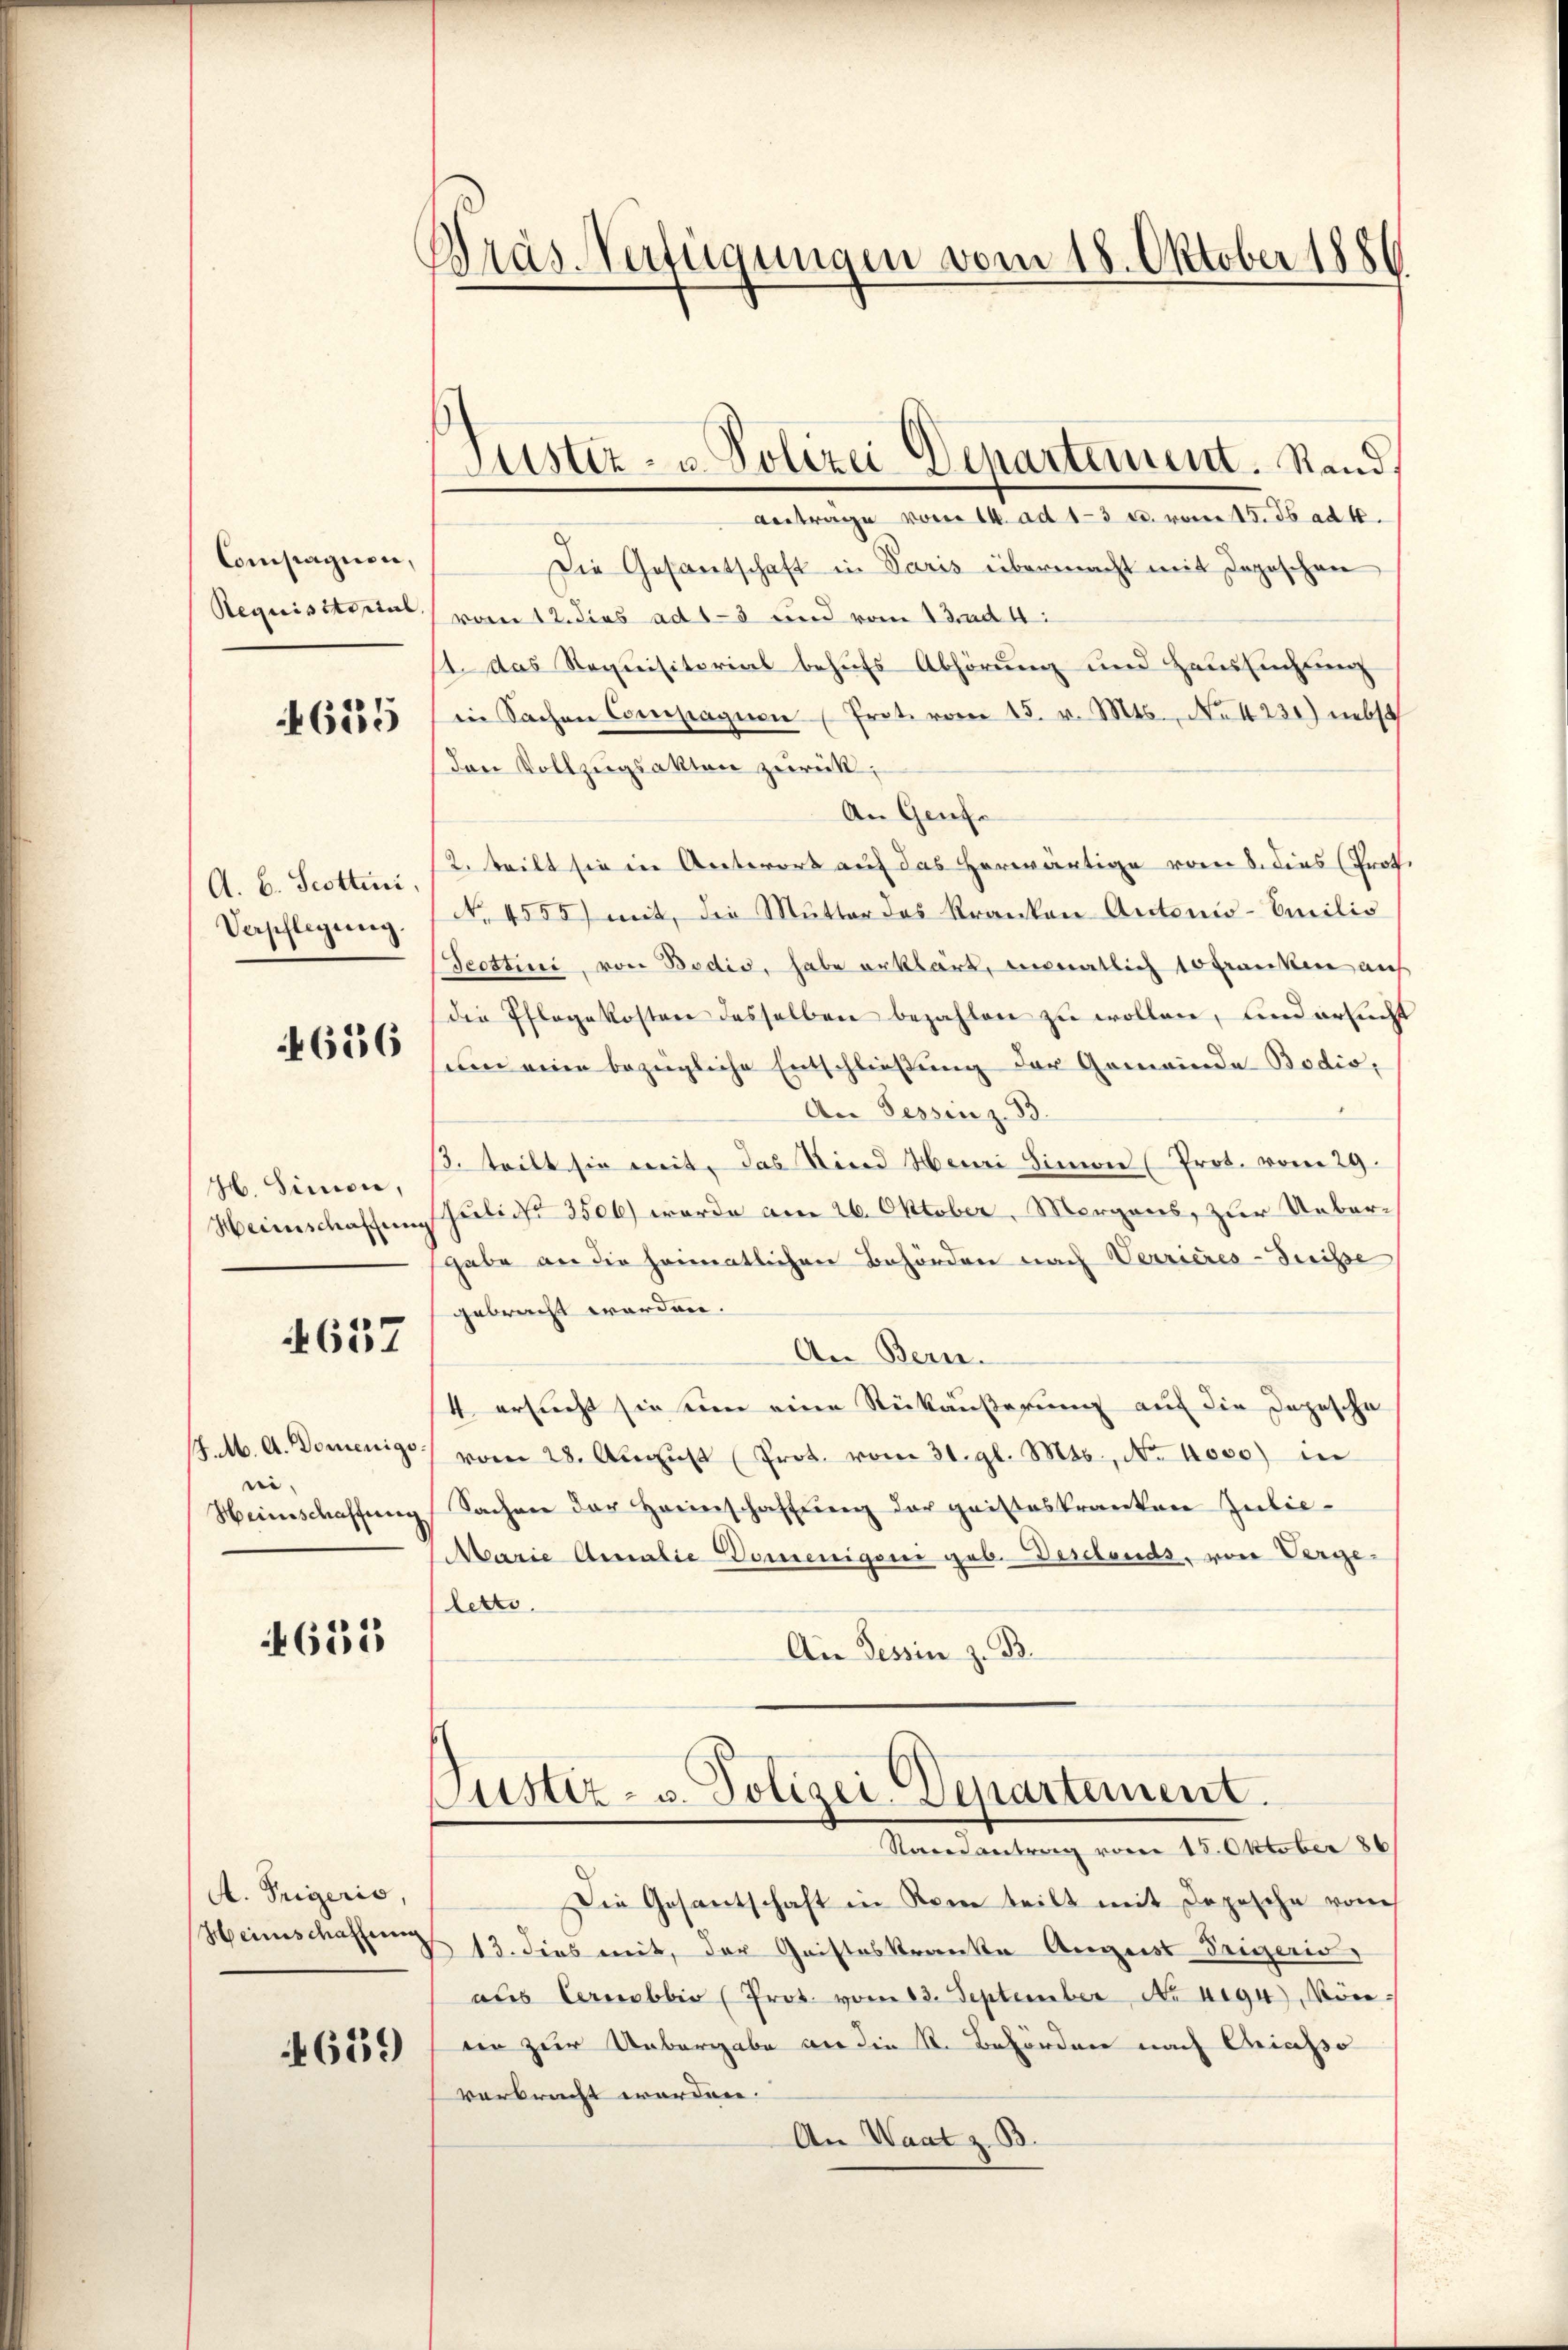
Compagnen,

655

4656

Jb. Simon,

657

/J.M. A. Domenigs
i

4655

A. Trigeris,
Heinschaffung

4639

Anträge vom 14. ad 13 u. vom 15. 36 ad 4.
Die Gesantschaft in Paris übermacht mit Depeschen
Requisitorial vom 12. dies ad 1-3 und vom 13. ad 4.
11. Das Requisitorial behufs Abhörung und Haussuchung
in Sachen Compagnen (Prot. vom 15. v. Mts., No 1231) nebst
Den Vollzugsakten zurück;
An Genfe
A. B. Scotten, (2. teilt sie in Antwort auf das herwärtige vom 8. dies (Prof.
Verpflegung. Nr. 4555) mit, die Mutter des Kranken Antonio-Emilio
eottini, von Bodis, habe erklärt, monatlich 10 Franken auf
die Pflegekosten desselben bezahlen zu wollen, und ersucht
wen eine bezügliche Entschließung der Gemeinde Bodis,
An Tessinz. 33.
3. teilt sie mit, das Kind Heini Simon (Prot. vom 29.
Heimschaffen Juli 3506) wurde am 26. Oktober, Morgens, zur Uebergabe an die heimatlichen Behörden nach Verrieres-Suisse
gebracht worden.
An Bern.
4 ersucht sie ein eine Rückäußerung auf die Depesche
vom 28. Aŭgŭst Prot. vom 31. gl. Mts., Nr. 1000) in
Weinschaffŭng Sachen der Herrschaffŭng der geisteskranken Julie-
Marie Annalie Domenigoni geb. Deselends, von Verge-
letts
Ain Tessin z. B.

Bräs-Verfügungen vom 18. Oktober 1880

Justiz- u. Polizei Departement. Stand.

Justiz- u. Polizei-Departement.
Randantrag vom 15. Oktober 186

Die Gesantschaft in Kam teilt mit Depesche vom
13. dies mit, der Gristeskranke Augens Trigeris
aus Cernobbio (Prot vom 13. September Nr. 494 Mön-
ein zur Unbergabe an die R. Behörden nach Griasso
verbracht worden.
An Waat z. B.